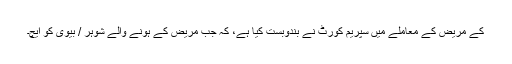
کے مریض کے معاملے میں سپریم کورٹ نے بندوبست کیا ہے، کہ جب مریض کے ہونے والے شوہر / بیوی کو ایچ۔